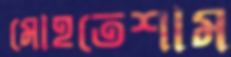
মোহতেশাম